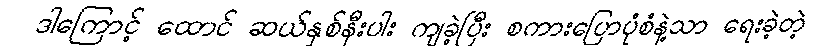
ဒါကြောင့် ထောင် ဆယ်နှစ်နီးပါး ကျခဲ့ပြီး စကားပြောပုံစံနဲ့သာ ရေးခဲ့တဲ့